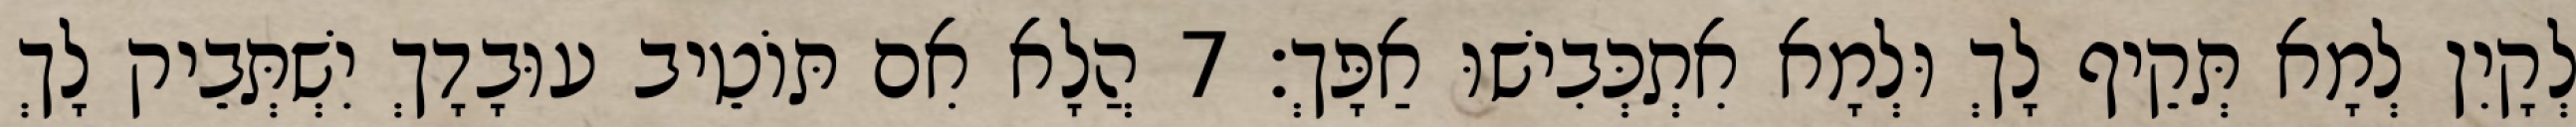
לְקָיִן לְמָא תְּקֵיף לָךְ וּלְמָא אִתְכְּבִישׁוּ אַפָּךְ׃ 7 הֲלָא אִם תּוֹטֵיב עוּבָדָךְ יִשְׁתְּבֵיק לָךְ